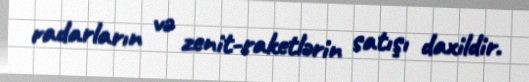
radarların və zenit-raketlərin satışı daxildir.